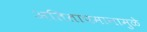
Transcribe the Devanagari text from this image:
अतितापमानामुळे